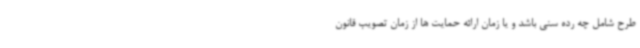
طرح شامل چه رده سنی باشد و یا زمان ارائه حمایت ها از زمان تصویب قانون